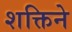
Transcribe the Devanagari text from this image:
शक्तिने